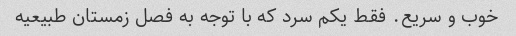
خوب و سریع. فقط یکم سرد که با توجه به فصل زمستان طبیعیه